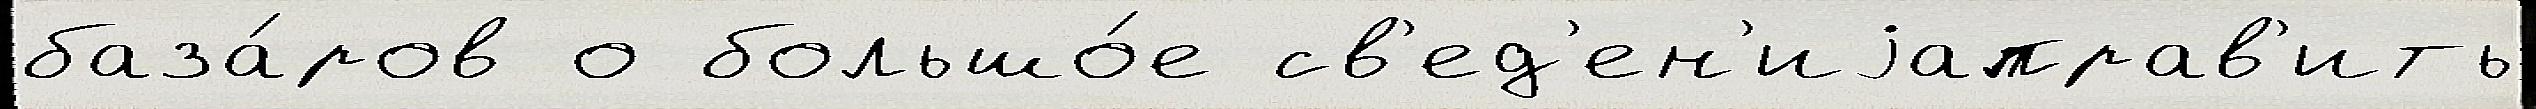
база́ров о большо́е св'ед'ен'иjаправ'ить